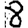
Digit: 8